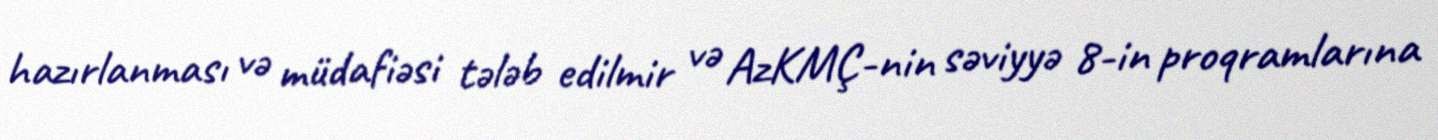
hazırlanması və müdafiəsi tələb edilmir və AzKMÇ-nin səviyyə 8-in proqramlarına